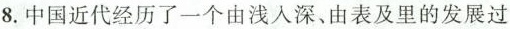
8.中国近代经历了一个由浅入深，由表及里的发展过